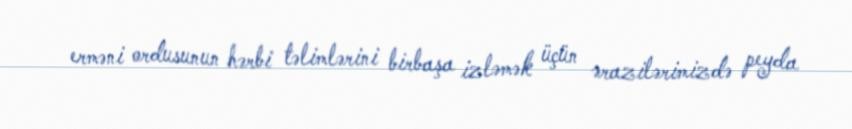
erməni ordusunun hərbi təlimlərini birbaşa izləmək üçün ərazilərimizdə peyda